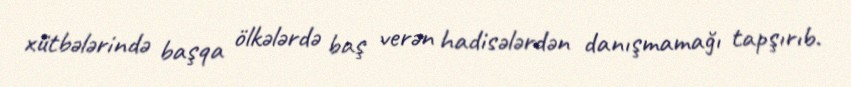
xütbələrində başqa ölkələrdə baş verən hadisələrdən danışmamağı tapşırıb.